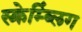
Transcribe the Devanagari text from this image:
स्क्रेम्ब्लिंग